Civil Veterinary Dept. Bombay admin report 1932-41 - 1932-1941
Year: 1932
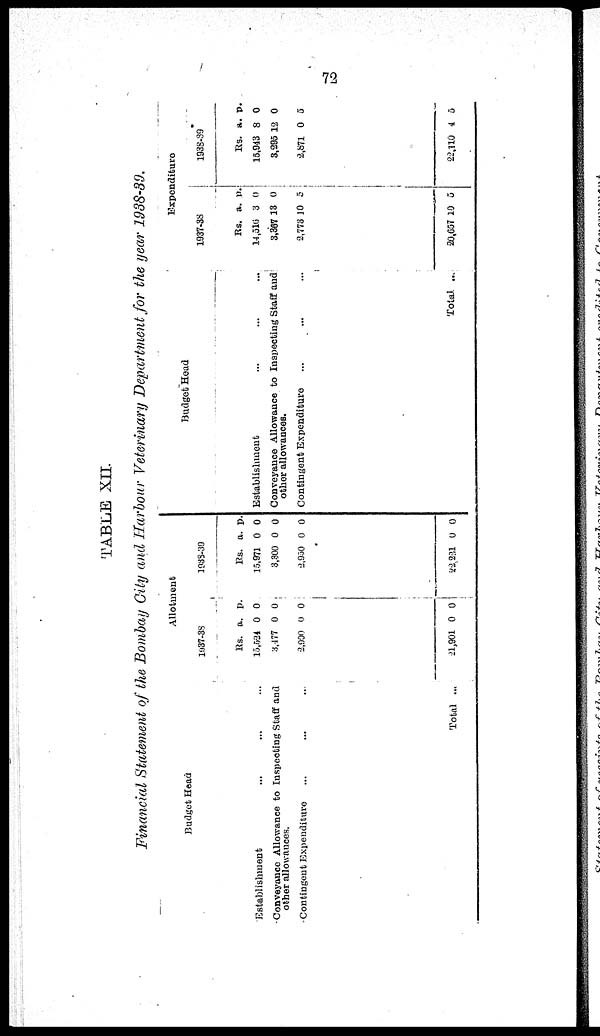
72
TABLE XII.
Financial Statement of the Bombay City and Harbour Veterinary Department for the year 1938-39.
Budget Head
Establishment ... ... ... ...
Conveyance Allowance to Inspecting Staff and
other allowances.
Contingent Expenditure
...
...
...
...
Total ...
Allotment
1937-38
Rs.
15,524
3,477
2,900
21,901
a.
0
0
0
0
p.
0
0
0
0
1938-39
Rs.
15,971
3,300
2,950
22,221
a.
0
0
0
0
p.
0
0
0
0
Budget Head
Establishment ... ... ... ...
Conveyance Allowance to Inspecting Staff and
other allowances.
Contingent Expenditure ... ... ...
Total ...
Expenditure
1937-38
Rs.
14,516
3,367
2,773
20,657
a.
3
13
10
10
p.
0
0
5
5
1938-39
Rs.
15,943
3,295
2,871
22,110
a.
8
12
0
4
p.
0
0
5
5